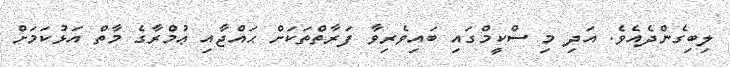
ލިބިގެންދެއެވެ. އަދި މި ސްކީމްގައި ބައިވެރިވާ ފަރާތްތަކަށް ޙައްޖާއި ޢުމްރާގެ މާތް އަޅުކަމަށް